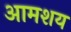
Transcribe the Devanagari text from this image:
आमशय